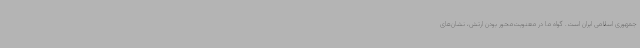
جمهوری اسلامی ایران است. گواه ما در معنویت‌محور بودن ارتش، نشان‌های